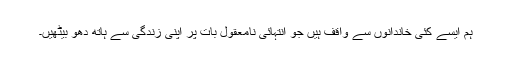
ہم ایسے کئی خاندانوں سے واقف ہیں جو انتہائی نامعقول بات پر اپنی زندگی سے ہاتھ دھو بیٹھیں۔